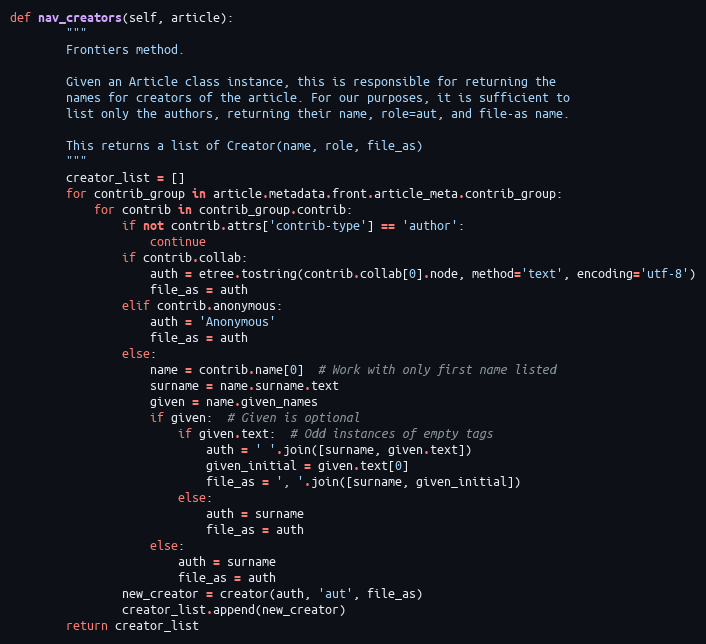
Language: Python
def nav_creators(self, article):
        """
        Frontiers method.

        Given an Article class instance, this is responsible for returning the
        names for creators of the article. For our purposes, it is sufficient to
        list only the authors, returning their name, role=aut, and file-as name.

        This returns a list of Creator(name, role, file_as)
        """
        creator_list = []
        for contrib_group in article.metadata.front.article_meta.contrib_group:
            for contrib in contrib_group.contrib:
                if not contrib.attrs['contrib-type'] == 'author':
                    continue
                if contrib.collab:
                    auth = etree.tostring(contrib.collab[0].node, method='text', encoding='utf-8')
                    file_as = auth
                elif contrib.anonymous:
                    auth = 'Anonymous'
                    file_as = auth
                else:
                    name = contrib.name[0]  # Work with only first name listed
                    surname = name.surname.text
                    given = name.given_names
                    if given:  # Given is optional
                        if given.text:  # Odd instances of empty tags
                            auth = ' '.join([surname, given.text])
                            given_initial = given.text[0]
                            file_as = ', '.join([surname, given_initial])
                        else:
                            auth = surname
                            file_as = auth
                    else:
                        auth = surname
                        file_as = auth
                new_creator = creator(auth, 'aut', file_as)
                creator_list.append(new_creator)
        return creator_list